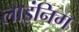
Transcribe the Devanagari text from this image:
लाइंनिग